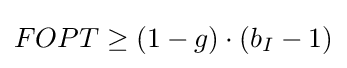
FOPT\geq (1-g)\cdot (b_{I}-1)